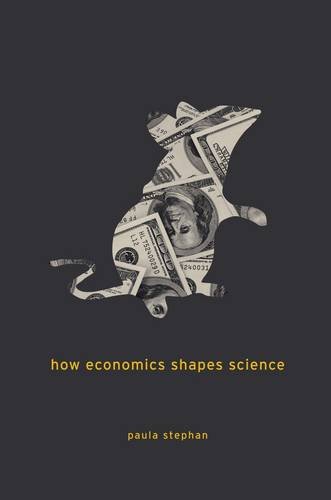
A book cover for How Economics Shapes Science; Paula Stephan; Science & Math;